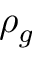
\rho _ { g }